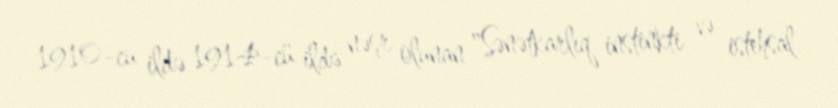
1910-cu ildə 1914-cü ildə nəşr olunan "Sənətkarlıq instinkti və istehsal